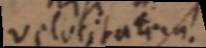
velocitatem